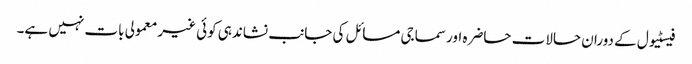
فیسٹیول کے دوران حالات حاضرہ اور سماجی مسائل کی جانب نشاندہی کوئی غیر معمولی بات نہیں ہے۔